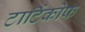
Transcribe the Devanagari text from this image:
टार्टिकोफ